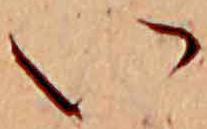
い